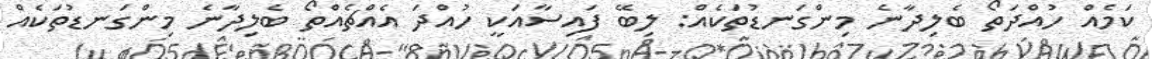
ކަމެއް ހުއްދަތޯ ބެލިދާނެ މިންގަނޑުތަކެއް: ލިބޭ ފައިސާއަކީ ހުއްދަ އެއްޗެއްތޯ ބެލިދާނެ މިންގަނޑުތަކެއް